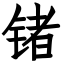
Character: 锗